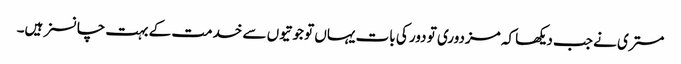
مستری نے جب دیکھا کہ مزدوری تو دور کی بات یہاں تو جوتیوں سے خدمت کے بہت چانسز ہیں۔